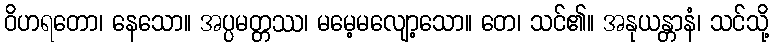
ဝိဟရတော၊ နေသော။ အပ္ပမတ္တဿ၊ မမေ့မလျော့သော။ တေ၊ သင်၏။ အနုယန္တာနံ၊ သင်သို့